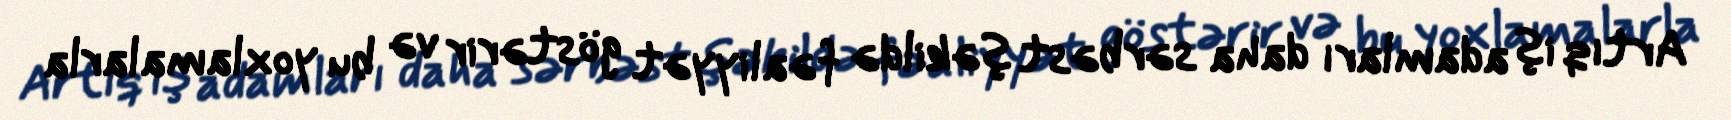
Artıq iş adamları daha sərbəst şəkildə fəaliyyət göstərir və bu yoxlamalarla